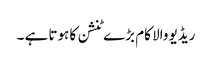
ریڈیو والا کام بڑے ٹنشن کا ہوتا ہے ۔